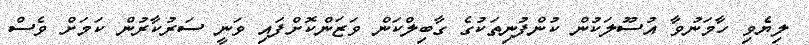
ލިޔެވި ހާމަނުވާ އުސޫލަކުން ކުންފުނިތަކުގެ ގާބިލްކަން ވަޒަންކޮށްފައި ވަނީ ސަރުކާރުން ކަމަށް ވެސް